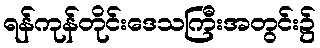
ရန်ကုန်တိုင်းဒေသကြီးအတွင်း၌